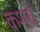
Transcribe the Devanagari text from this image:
कशबे